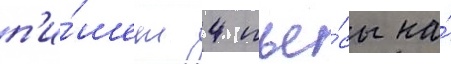
п'и́шет 4 пье́сы на́